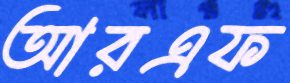
আরএফ